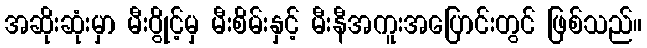
အဆိုးဆုံးမှာ မီးပွိုင့်မှ မီးစိမ်းနှင့် မီးနီအကူးအပြောင်းတွင် ဖြစ်သည်။